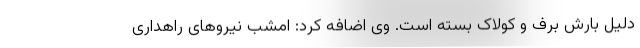
دلیل بارش برف و کولاک بسته است. وی اضافه کرد: امشب نیروهای راهداری